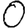
Digit: 0